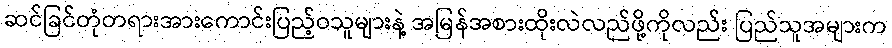
ဆင်ခြင်တုံတရားအားကောင်းပြည့်ဝသူများနဲ့ အမြန်အစားထိုးလဲလည်ဖို့ကိုလည်း ပြည်သူအများက